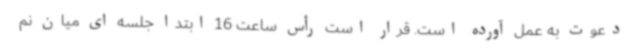
دعوت به عمل آورده است. قرار است رأس ساعت 16 ابتدا جلسه ای میان نم